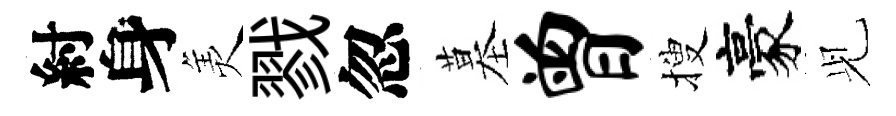
紂身羙戮忽墓曾搜豪𫤗